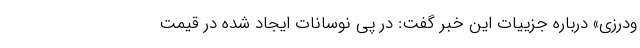
ودرزی» درباره جزییات این خبر گفت:‌ در پی نوسانات ایجاد شده در قیمت